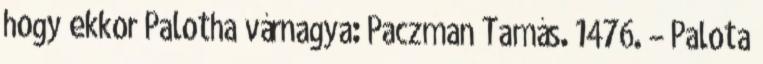
hogy ekkor Palotha várnagya: Paczman Tamás. 1476. – Palota